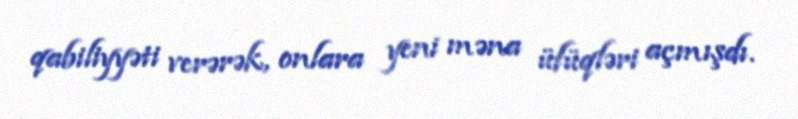
qabiliyyəti verərək, onlara yeni məna üfüqləri açmışdı.